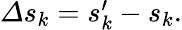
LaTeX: \begin{array}{r}{\varDelta s_{k}=s_{k}^{\prime}-s_{k}.}\end{array}